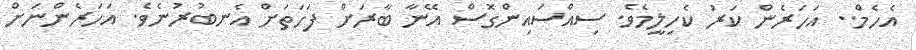
އެހެމް.. އަހަރެން ކަރު ކެހިލީމެވެ. ސިއްސައިންގޮސް އޭނާ ބާރަށް ފަހަތަށް އެނބުރުނެވެ. އަހަރެންނަށް